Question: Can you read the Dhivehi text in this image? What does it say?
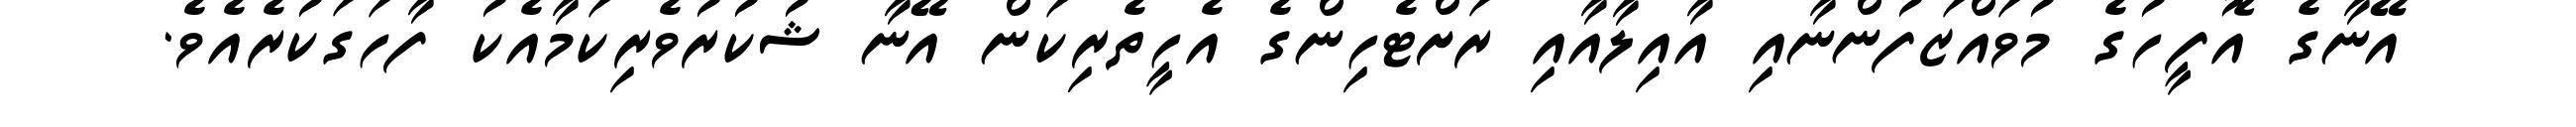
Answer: އޭނާގެ އޮފީހުގެ މުވައްޒަފުންނާއި އާއިލާއާއި ރަށްޓެހިންގެ އެހީތެރިކަން އޭނާ ޝުކުރުވެރިކަމާއެކު ފާހަގަކުރެއެވެ.